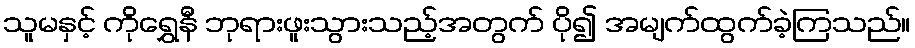
သူမနှင့် ကိုရွှေနီ ဘုရားဖူးသွားသည့်အတွက် ပို၍ အမျက်ထွက်ခဲ့ကြသည်။